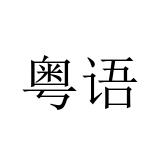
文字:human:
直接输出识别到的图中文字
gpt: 粤语